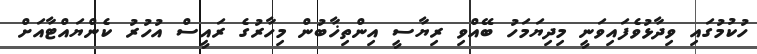
ހުކުމުގައި ވިދާޅުވެފައިވަނީ މިދިޔަމަހު ބޭއްވި ރިޔާސީ އިންތިޚާބުން މިހާރުގެ ރައީސް އުހުރު ކެންޔައްޓާއަށް